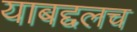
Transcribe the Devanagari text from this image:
याबद्दलच